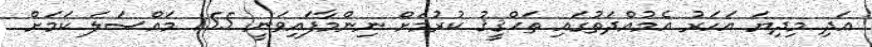
އަދި މިދިޔަ އަހަރު އެމުއްދަތުގައި ތަޙްޤީޤު ކުރުމަށް ނިންމާފައިވަނީ 155 މައްސަލަ ކަމަށް